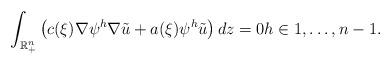
LaTeX: \begin{align*}\int_{\mathbb{R}_{+}^{n}}\left( c(\xi)\nabla\psi^{h}\nabla\tilde{u}+a(\xi)\psi^{h}\tilde{u}\right) dz=0h\in1,\dots,n-1.\end{align*}